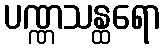
ပဏ္ဏသန္ထရော